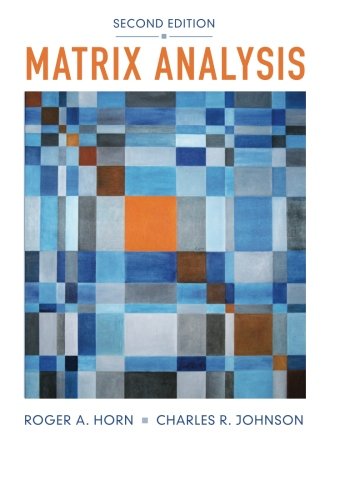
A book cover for Matrix Analysis; Roger A. Horn; Science & Math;